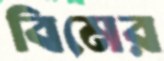
বিমের